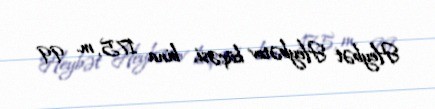
Heybət Heybətov küçəsi, bina 175, m. 99